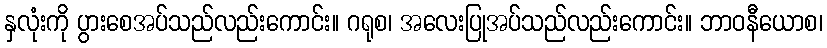
နှလုံးကို ပွားစေအပ်သည်လည်းကောင်း။ ဂရုစ၊ အလေးပြုအပ်သည်လည်းကောင်း။ ဘာဝနီယောစ၊